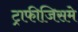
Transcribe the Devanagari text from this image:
ट्राफीजिसमे